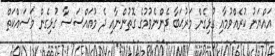
އައްޔަނު ކުރެއްވުމާއި ގުޅިގެން މަރުޙަބާ ދެންނެވުމުގެ ގޮތުންނާއި ދެ މުއައްސަސާ ގުޅިގެން މަސައްކަތް